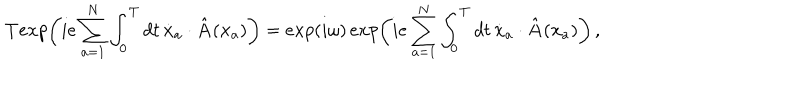
LaTeX: { \bf T } e x p \biggl ( i e \sum _ { a = 1 } ^ { N } \int _ { 0 } ^ { T } d t \, { \dot { \bf x } } _ { a } \cdot { \hat { \bf A } } ( { \bf x } _ { a } ) \biggr ) = e x p ( i \omega ) \, e x p \biggl ( i e \sum _ { a = 1 } ^ { N } \int _ { 0 } ^ { T } d t \, { \dot { \bf x } } _ { a } \cdot { \hat { \bf A } } ( { \bf x } _ { a } ) \biggr ) \, ,